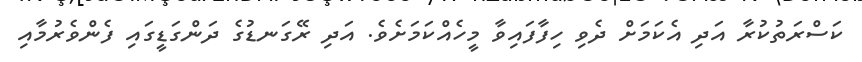
ކަސްރަތުކުރާ އަދި އެކަމަށް ދެވި ހިފާފައިވާ މީހެއްކަމަށެވެ. އަދި ރޭގަނޑުގެ ދަންގަޑީގައި ފެންވެރުމާއި